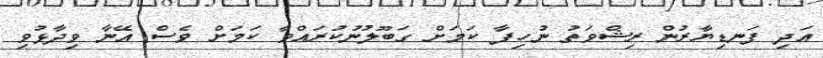
އަދި ފަނޑިޔާރުން ރިޝްވަތު ނުހިފާ ކަމަށް ގަބޫލުނުކުރައްވާ ކަމަށް ވެސް އޭނާ ވިދާޅުވި